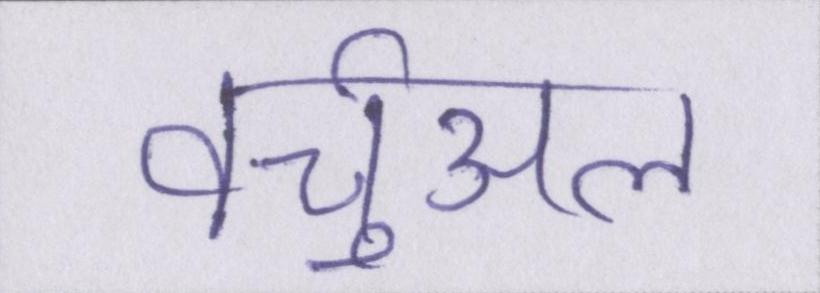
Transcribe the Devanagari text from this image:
वर्चुअल